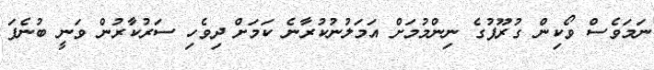
ނަމަވެސް ވޯކިން ގުރޫޕުގެ ނިންމުމަށް އަމަލުނުކުރާނެ ކަމަށް ދިވެހި ސަރުކާރުން ވަނީ ބުނެފަ